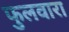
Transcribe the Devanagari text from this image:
फुलवारा